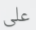
على